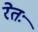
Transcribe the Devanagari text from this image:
रेतः